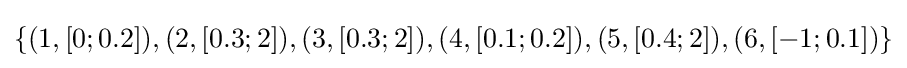
\{(1,[0;0.2]),(2,[0.3;2]),(3,[0.3;2]),(4,[0.1;0.2]),(5,[0.4;2]),(6,[-1;0.1])\}